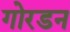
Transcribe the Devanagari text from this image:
गोरडन